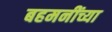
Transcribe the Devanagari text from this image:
बहमनींच्या